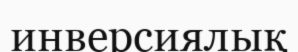
инверсиялық